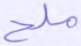
ملح